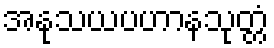
အနုသယပဟာနသုတ္တံ